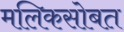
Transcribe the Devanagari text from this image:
मलिकसोबत